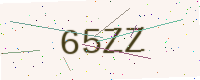
Text: 65ZZ